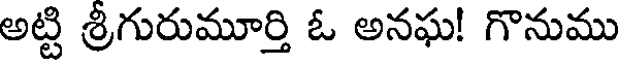
అట్టి శ్రీగురుమూర్తి ఓ అనఘ! గొనుము